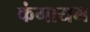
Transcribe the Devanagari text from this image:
कंगायम